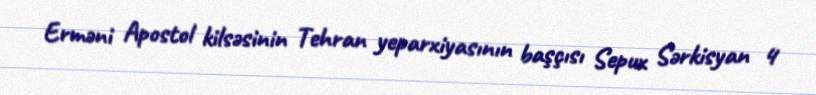
Erməni Apostol kilsəsinin Tehran yeparxiyasının başçısı Sepux Sərkisyan 4